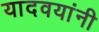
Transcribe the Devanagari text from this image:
यादवयांनी